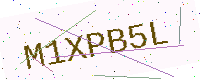
Text: M1XPB5L